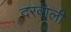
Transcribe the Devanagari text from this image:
दरवाली